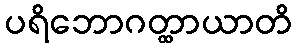
ပရိဘောဂတ္ထာယာတိ